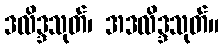
ဒလိဒ္ဒသုတ်၊ အဒလိဒ္ဒသုတ်။